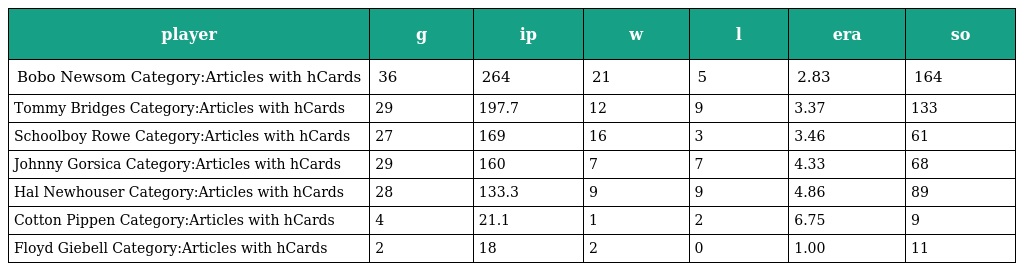
| player | g | ip | w | l | era | so |
 | --- | --- | --- | --- | --- | --- | --- |
 | Bobo Newsom Category:Articles with hCards | 36 | 264 | 21 | 5 | 2.83 | 164 |
 | Tommy Bridges Category:Articles with hCards | 29 | 197.7 | 12 | 9 | 3.37 | 133 |
 | Schoolboy Rowe Category:Articles with hCards | 27 | 169 | 16 | 3 | 3.46 | 61 |
 | Johnny Gorsica Category:Articles with hCards | 29 | 160 | 7 | 7 | 4.33 | 68 |
 | Hal Newhouser Category:Articles with hCards | 28 | 133.3 | 9 | 9 | 4.86 | 89 |
 | Cotton Pippen Category:Articles with hCards | 4 | 21.1 | 1 | 2 | 6.75 | 9 |
 | Floyd Giebell Category:Articles with hCards | 2 | 18 | 2 | 0 | 1.00 | 11 |